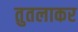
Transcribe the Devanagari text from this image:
तुतलाकर